Source: Handwritten
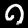
Digit: ၈ (8)